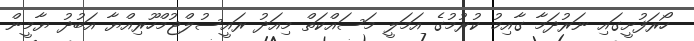
ހޯރަފުށީގައި ނަރުދަމާ ގާއިމު ކުރުމުގެ އަމަލީ މަސައްކަތް މިއަދު ރައީސުލްޖުމްހޫރިއްޔާ އަބުދު ޔާމީން